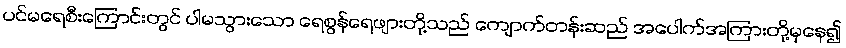
ပင်မရေစီးကြောင်းတွင် ပါမသွားသော ရေစွန်ရေဖျားတို့သည် ကျောက်တန်းဆည် အပေါက်အကြားတို့မှနေ၍